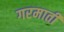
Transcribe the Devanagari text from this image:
गरमाती